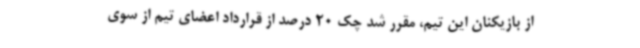
از بازیکنان این تیم، مقرر شد چک 20 درصد از قرارداد اعضای تیم از سوی